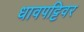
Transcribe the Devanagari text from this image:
धावपट्टिवर